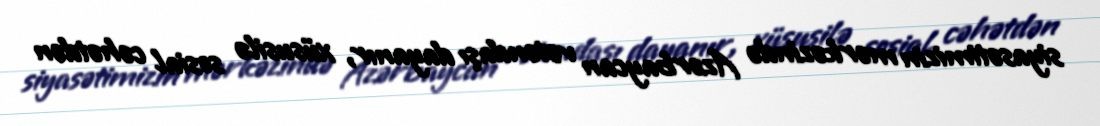
siyasətimizin mərkəzində Azərbaycan vətəndaşı dayanır, xüsusilə sosial cəhətdən